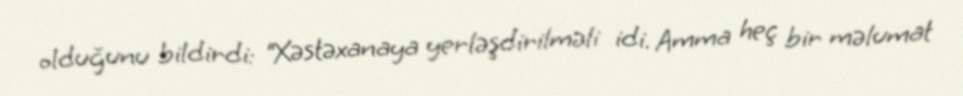
olduğunu bildirdi: “Xəstəxanaya yerləşdirilməli idi. Amma heç bir məlumat